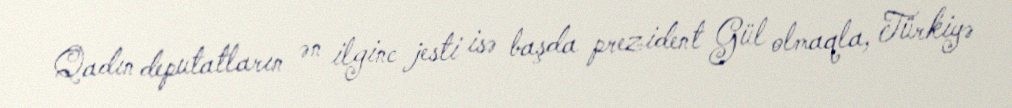
Qadın deputatların ən ilginc jesti isə başda prezident Gül olmaqla, Türkiyə